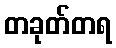
တခုတ်တရ